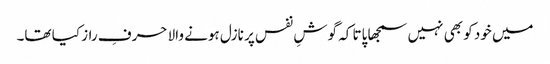
میں خود کو بھی نہیں سمجھا پاتا کہ گوشِ نفس پر نازل ہونے والا حرفِ راز کیا تھا۔